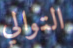
التوالي